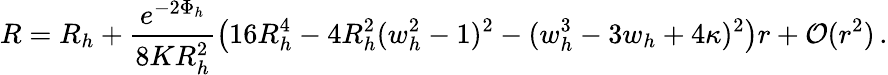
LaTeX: R=R_{h}+\frac{e^{-2\Phi_{h}}}{8KR_{h}^{2}}\left(16R_{h}^{4}-4R_{h}^{2}(w_{h}^{2}-1)^{2}-(w_{h}^{3}-3w_{h}+4\kappa)^{2}\right)r+{\cal O}(r^{2})\, .